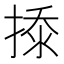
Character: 𰔎